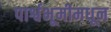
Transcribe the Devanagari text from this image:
पार्श्वभूमीमधून